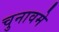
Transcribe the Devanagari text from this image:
चुनावमे